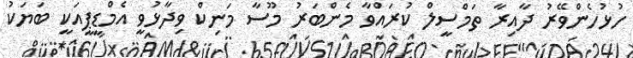
ހުޅުހެންވޭރު ދާއިރާ ތަމްސީލް ކުރައްވާ މެންބަރު މޫސާ މަނިކް ވިދާޅުވީ އެމްޑީޕީއަކީ ބަޔަކު